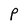
Character: P